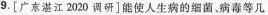
9.[广东湛江2020调研]能使人生病的细菌，病毒等几